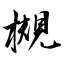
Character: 槻